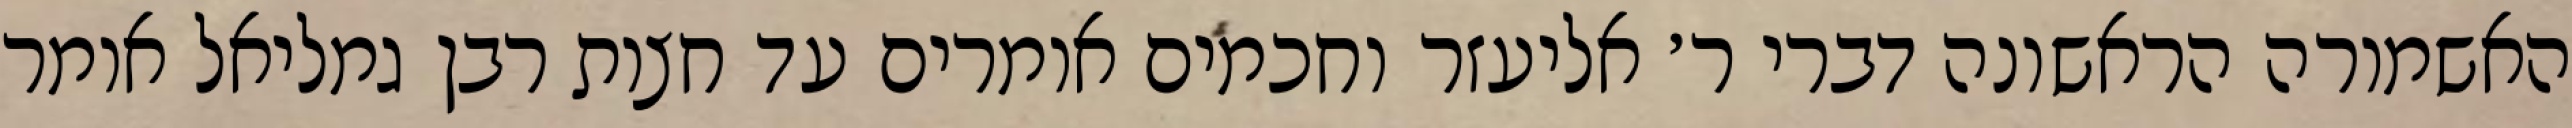
האשמורה הראשונה דברי ר׳ אליעזר וחכמים אומרים עד חצות רבן גמליאל אומר